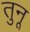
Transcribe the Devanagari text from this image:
तुनू